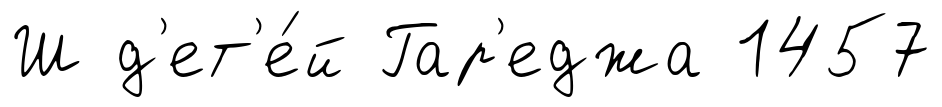
Ш д'ет'е́й Гар'еджа 1457